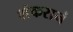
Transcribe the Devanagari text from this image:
शंकरानं